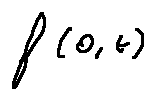
f ( 0 , t )